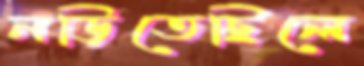
নড়িতেছিলে